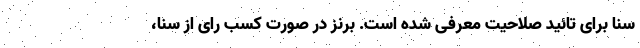
سنا برای تائید صلاحیت معرفی شده است. برنز در صورت کسب رای از سنا،